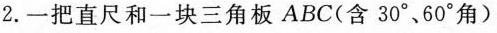
2.一把直尺和一块三角板ABC(含30^\circ、60^\circ角)